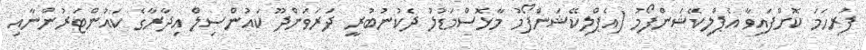
ފުރިހަމަ ކޮށްފައިވާ އެޕްލިކޭޝަންފޯމު (އެޕްލިކޭޝަންފޯމު މާޅޮސްމަޑުލު ދެކުނުބުރީ ދަރަވަންދޫ ކައުންސިލް އިދާރާގެ ކައުންޓަރުންނާއި